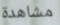
مشاهدة